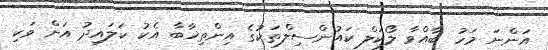
އަންނަ މަހު ބާއްވާ ލޯކަލް ކައުންސިލްތަކުގެ އިންތިޚާބާ އެކު ކަލައިދު އަށް ވަކި